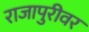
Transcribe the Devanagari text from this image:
राजापुरीवर